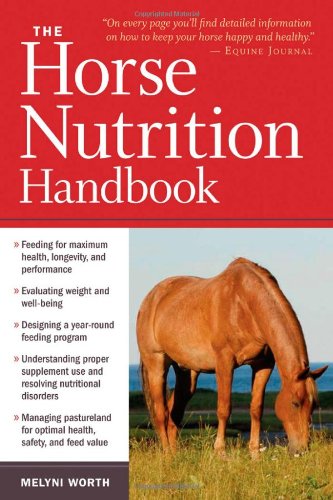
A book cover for The Horse Nutrition Handbook; Melyni Worth Ph.D.; Crafts, Hobbies & Home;